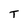
Character: T